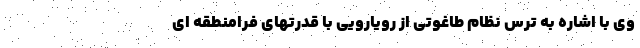
وی با اشاره به ترس نظام طاغوتی از رویارویی با قدرتهای فرامنطقه ای